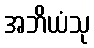
အဘိယံသု